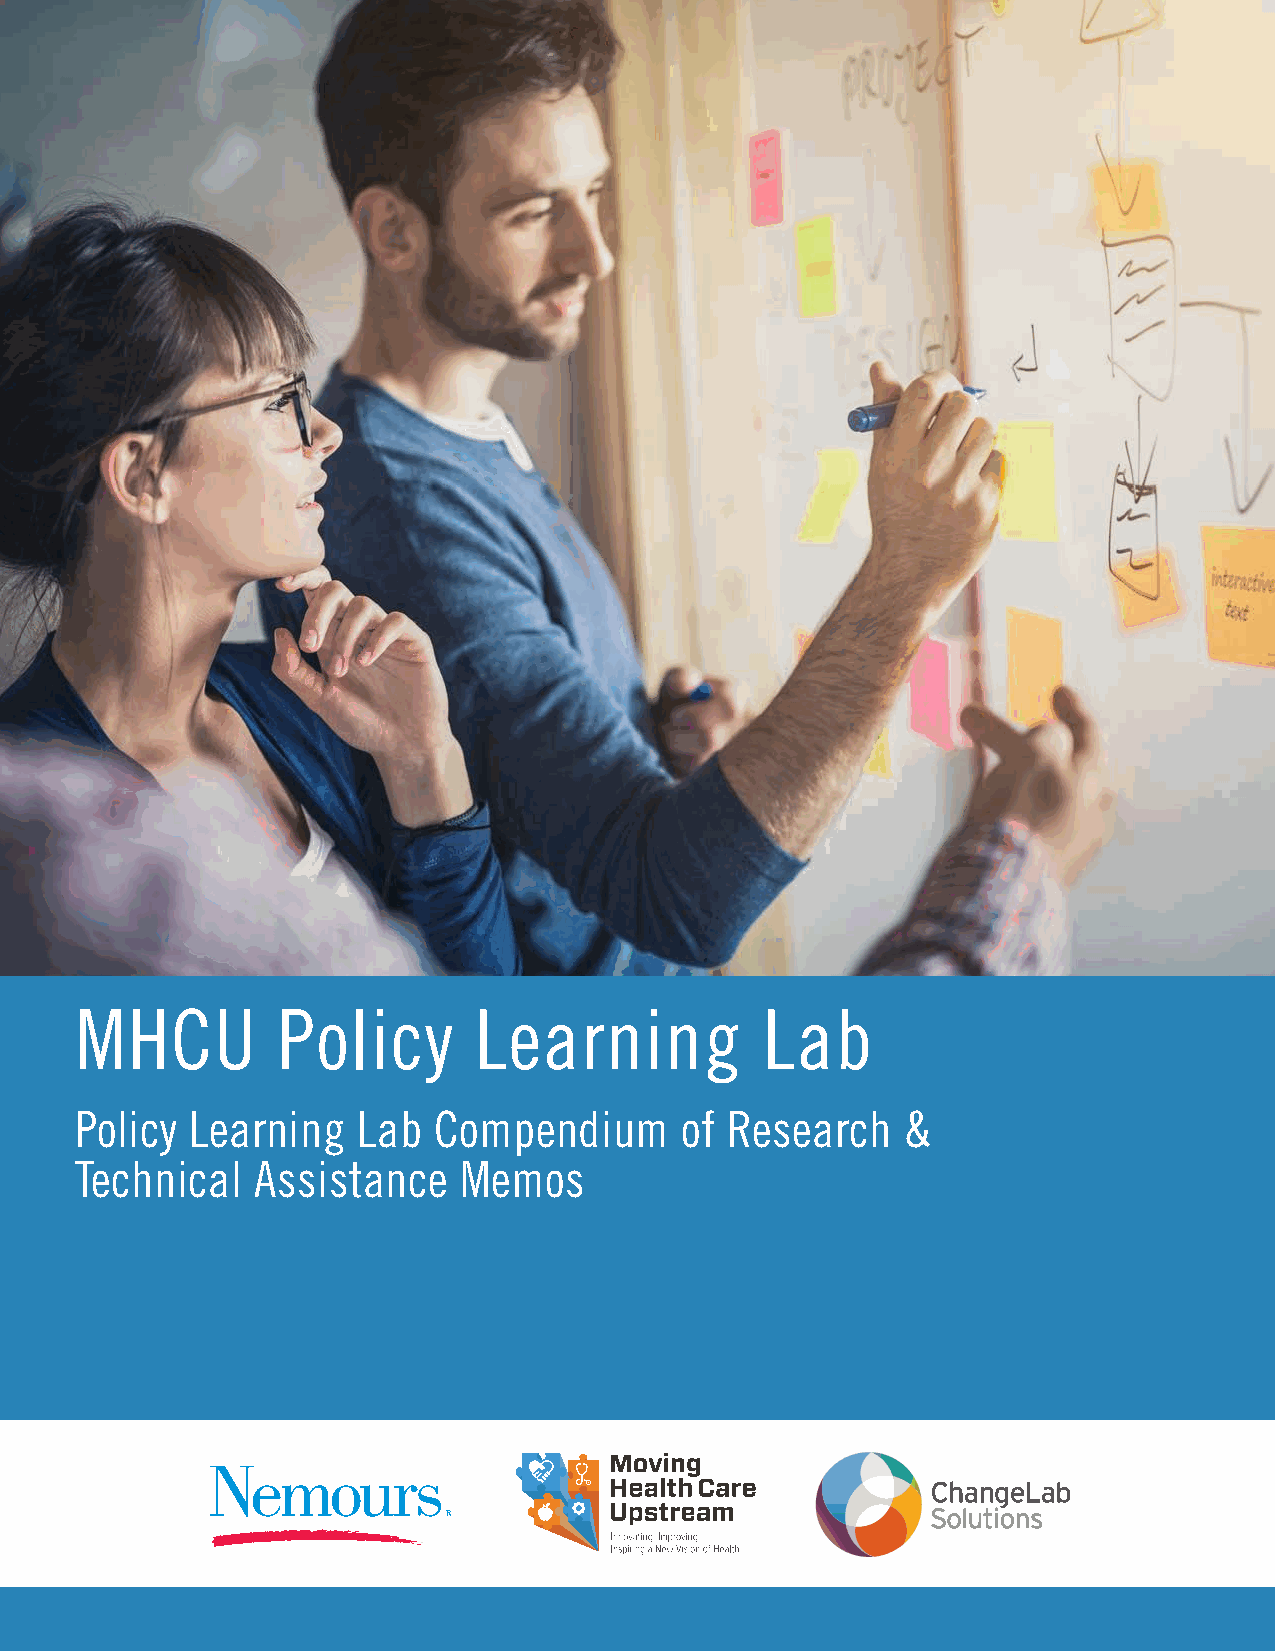
MHCU         Policy       Learning           Lab
 Policy  Learning   Lab  Compendium      of Research    &
 Technical   Assistance   Memos